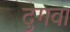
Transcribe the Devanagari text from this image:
दुगवा